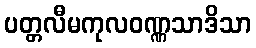
ပတ္တလီမကုလဝဏ္ဏသာဒိသာ